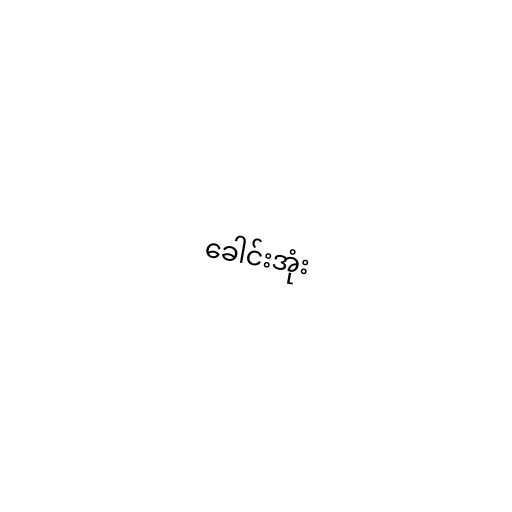
ခေါင်းအုံး